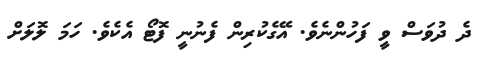
ދެ ދުވަސް ވީ ފަހުންނެވެ. އޭގެކުރިން ފެނުނީ ފޮޓޯ އެކެވެ. ހަމަ ލޮލަށް